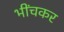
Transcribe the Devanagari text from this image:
भींचकर